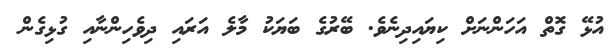
އުޅޭ ގޮތް އަހަންނަށް ކިޔައިދިނެވެ. ބޭރުގެ ބަޔަކު މާލެ އަރައި ދިވެހިންނާއި ގުޅިގެން